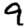
Digit: 9